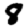
Digit: 8